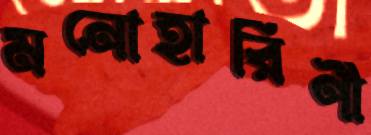
মনোহারিণী